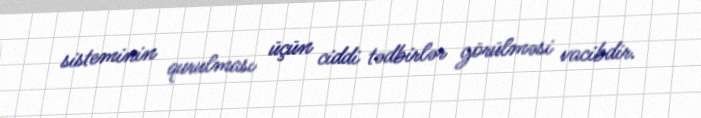
sisteminin qurulması üçün ciddi tədbirlər görülməsi vacibdir.